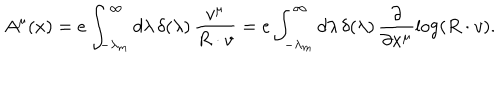
A ^ { \mu } ( x ) = e \int _ { - \lambda _ { m } } ^ { \infty } d \lambda \, \delta ( \lambda ) \, \frac { v ^ { \mu } } { R \cdot v } = e \int _ { - \lambda _ { m } } ^ { \infty } d \lambda \, \delta ( \lambda ) \, \frac { \partial } { \partial x ^ { \mu } } \log ( { R \cdot v } ) .